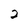
Character: 2